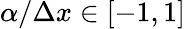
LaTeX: \alpha/\Delta x\in[-1,1]